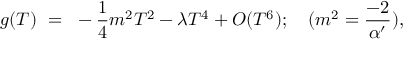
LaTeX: g ( T ) ~ = ~ - { \frac { 1 } { 4 } } { m ^ { 2 } } T ^ { 2 } - { \lambda } T ^ { 4 } + O ( T ^ { 6 } ) ; \quad ( { m ^ { 2 } = { \frac { - 2 } { \alpha ^ { \prime } } } ) } ,